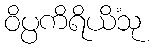
ဝိပ္ပကိရိယိံသု